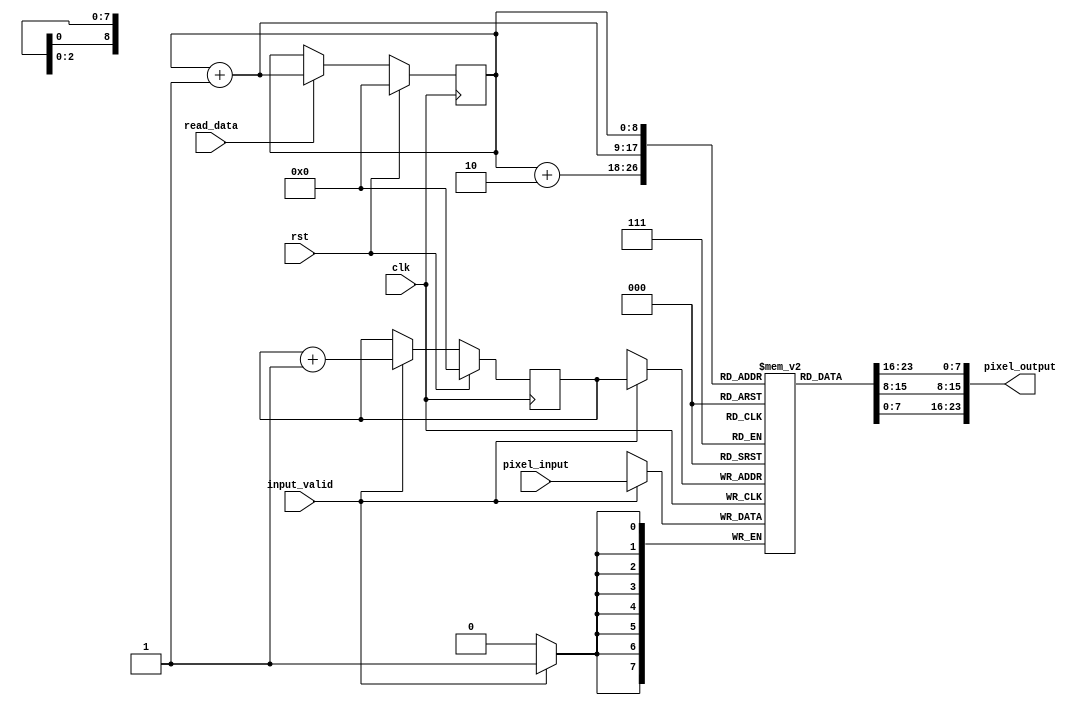
`timescale 1ns / 1ps
//////////////////////////////////////////////////////////////////////////////////
// Company: 
// Engineer: 
// 
// Design Name: 
// Module Name: line_buffer
// Project Name: 
// Target Devices: 
// Tool Versions: 
// Description: 
// 
// Dependencies: 
// 
// Revision:
// Revision 0.01 - File Created
// Additional Comments:
// 
//////////////////////////////////////////////////////////////////////////////////


module line_buffer(
input clk,
input rst,
input [7:0] pixel_input,
input input_valid,
input read_data,
output [23:0] pixel_output
    );
    reg [7:0] linebuffer [511:0];
    reg [8:0] wrt_ptr;
    reg [8:0] rd_ptr;
    
    assign pixel_output = {linebuffer[rd_ptr],linebuffer[rd_ptr+1],linebuffer[rd_ptr+2]};
    
    always @ (posedge clk)
    begin
        if(rst)
            wrt_ptr <= 'b0;
        else if (input_valid)
            wrt_ptr <= wrt_ptr + 'b1;    
    end
    
    
    always @ (posedge clk)
    begin
        if(input_valid)
            linebuffer[wrt_ptr] <= pixel_input;
    end
    
    
    always @ (posedge clk)
    begin
        if (rst)
            rd_ptr <= 'b0;
        else if(read_data)
            rd_ptr <= rd_ptr + 'b1;    
    end
endmodule